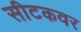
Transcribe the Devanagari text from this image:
सीटकवर